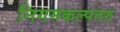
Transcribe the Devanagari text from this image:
निगमकल्पतरु